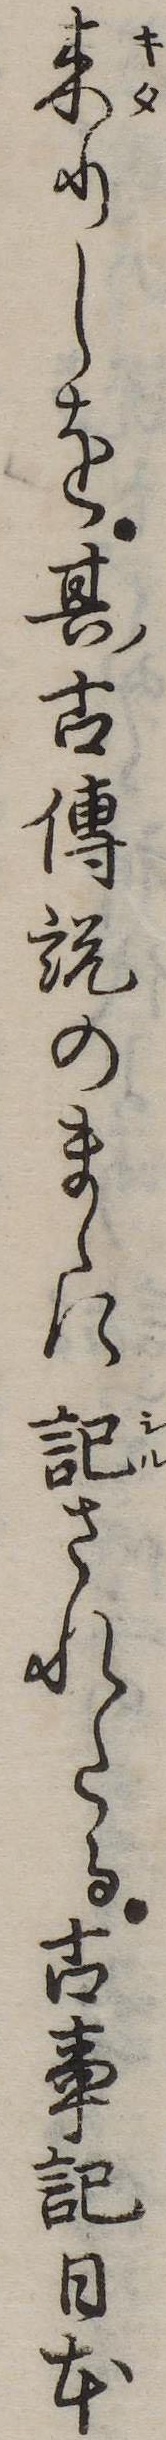
来りしを其古伝説のまゝに記されたる古事記日本